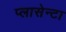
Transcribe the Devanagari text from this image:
प्लासेन्टा